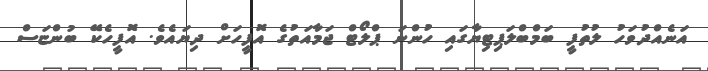
އަނެއްދުވަހު ލުތުފީ ބަމްބްލަޕިޓިޔާގައި ހުންނަ ޕްލޯޓް ޖަމާއަތުގެ އޮފީހަށް ދިޔައެވެ. އޮފީހެކޭ ބުންޏަސް